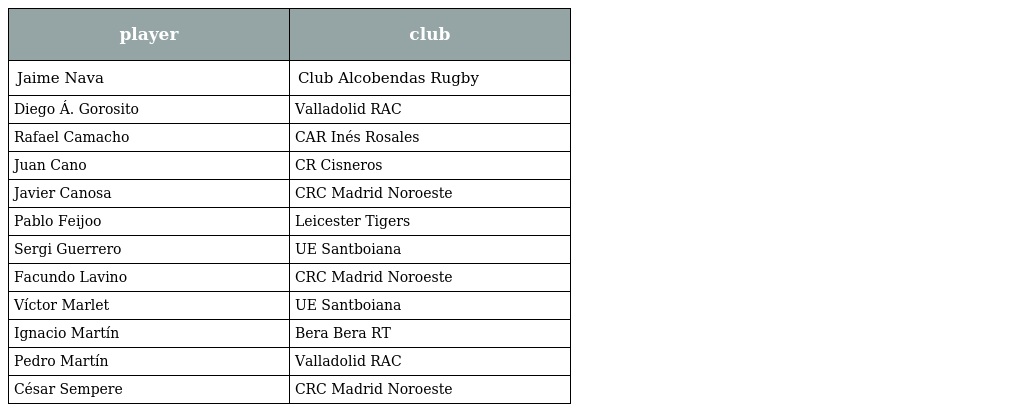
| player | club |
 | --- | --- |
 | Jaime Nava | Club Alcobendas Rugby |
 | Diego Á. Gorosito | Valladolid RAC |
 | Rafael Camacho | CAR Inés Rosales |
 | Juan Cano | CR Cisneros |
 | Javier Canosa | CRC Madrid Noroeste |
 | Pablo Feijoo | Leicester Tigers |
 | Sergi Guerrero | UE Santboiana |
 | Facundo Lavino | CRC Madrid Noroeste |
 | Víctor Marlet | UE Santboiana |
 | Ignacio Martín | Bera Bera RT |
 | Pedro Martín | Valladolid RAC |
 | César Sempere | CRC Madrid Noroeste |